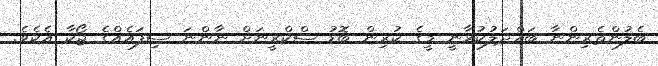
ބެލުންތެރިންނާ ބައްދަލުކުރާނީ މީގެ ކުރިން ބޮޑު ސްކްރީނަށް ނާންނަ ސިފައެއްގެ ޖޯކާ އެކެވެ.